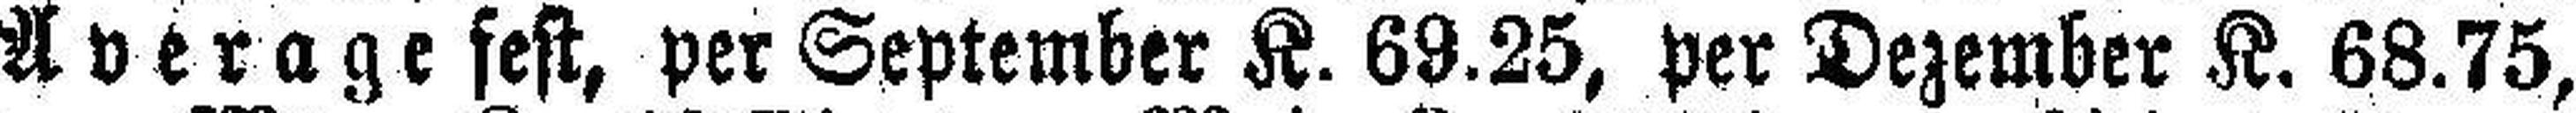
Average fest, per September K. 69.25, per Dezember K. 68.75,